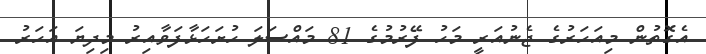
އެގޮތުން މިއަހަރުގެ ޖެނުއަރީ މަހު ފޭރުމުގެ 81 މައްސަލަ ހުށަހަޅާފަވާއިރު މިދިޔަ އަހަރު